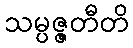
သမ္ပဇ္ဇတီတိ